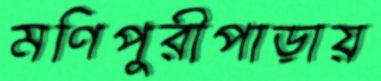
মণিপুরীপাড়ায়